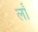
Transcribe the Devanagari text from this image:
लॉं